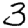
Digit: 3